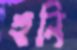
হুনি